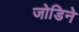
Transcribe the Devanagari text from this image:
जोडिने